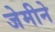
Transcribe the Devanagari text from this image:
जेमीने